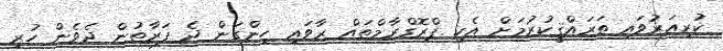
ކުރިއަރުވައި ތަރައްޤީކުރުމަށް އެކި ޕްރޮގްރާމްތައް ރާވައި ހިންގަން ދެ ފަރާތުން ދެވެން ހުރި